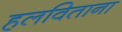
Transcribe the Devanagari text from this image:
हलविताना